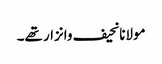
مولانانحیف وانزار تھے۔